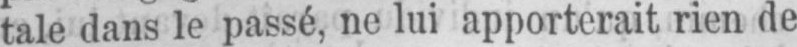
tale dans le passé, ne lui apporterait rien de